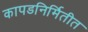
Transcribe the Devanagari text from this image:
कापडनिर्मितीत